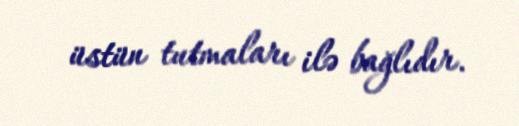
üstün tutmaları ilə bağlıdır.